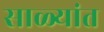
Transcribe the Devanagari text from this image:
साळ्यांत